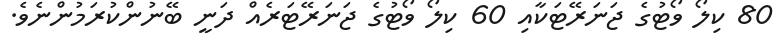
80 ކިލޯ ވޯޓުގެ ޖަނަރޭޓަކާއި 60 ކިލޯ ވޯޓުގެ ޖަނަރޭޓަރެއް ދަނީ ބޭނުންކުރަމުންނެވެ.